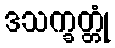
ဒသက္ခတ္တုံ